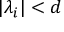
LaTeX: | \lambda _ { i } | < d